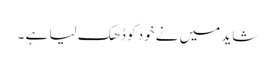
شاید میں نے خود کو ڈھک لیا ہے ۔